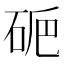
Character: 𥑽